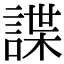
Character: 諜